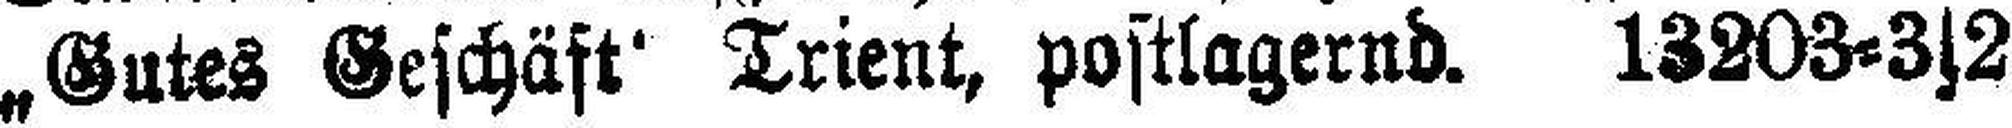
„Gutes Geschäft“ Trient, postlagernd. 13203=3s2